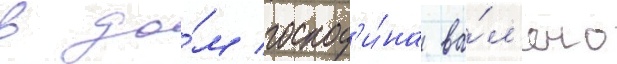
в до́м господ'и́на ва́л'ено